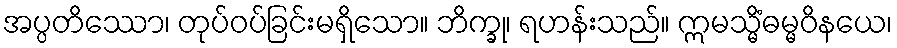
အပ္ပတိဿော၊ တုပ်ဝပ်ခြင်းမရှိသော။ ဘိက္ခု၊ ရဟန်းသည်။ ဣမသ္မိံဓမ္မဝိနယေ၊